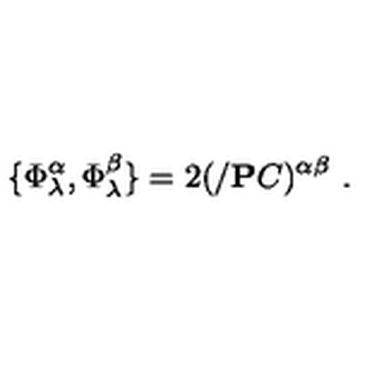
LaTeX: \{ \Phi _ { \lambda } ^ { \alpha } , \Phi _ { \lambda } ^ { \beta } \} = 2 ( / { { \bf P } } C ) ^ { \alpha \beta } \ .